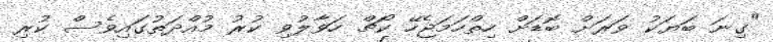
"ގިނަ ބަޔަކު ވަރަށް ބޮޑަށް ހިތްހަމަޖެހޭ ކޯޗް ހަވާލުވި ކުރު މުއްދަތުގައިވެސް ކުރި